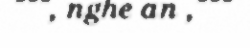
""", nghe an ,"""